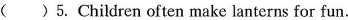
( ) 5. Children often make lanterns for fun.